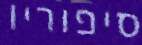
סיפוריו